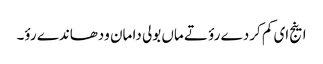
اینج ای کم کردے رؤ تے ماں بولی دا مان ودھاندے رؤ۔